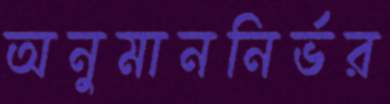
অনুমাননির্ভর